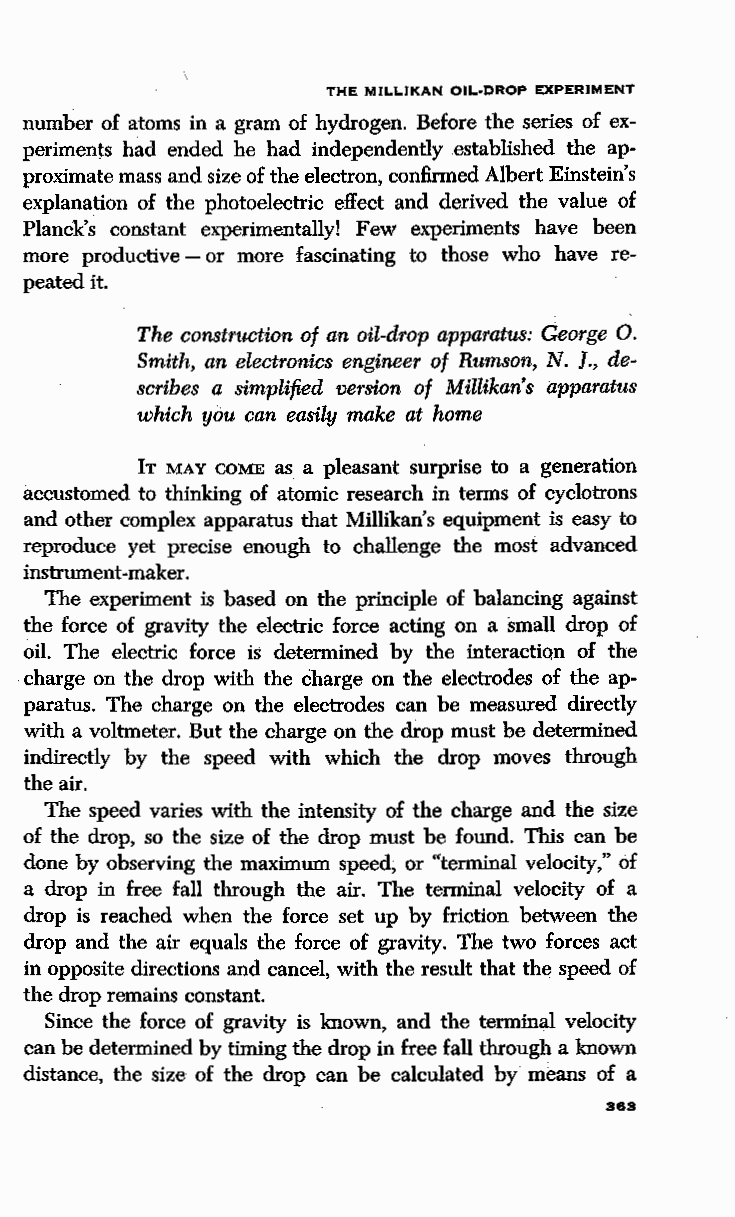
THE MILLIKAN OIL-DROP EXPERIMENT
 number of atoms in a gram of hydrogen. Before the series of ex
 periments had ended he had independently established the ap
 proximate mass and size of the electron, confirmed Albert Einstein's
 explanation of the photoelectric effect and derived the value of
 Planck's constant experimentally! Few experiments have been
 more productive - or more fascinating to those who have re
 peated it.
 The construction of an oil-drop apparatus: George 0.
 Smith, an electronics engineer of Rumson, N. ]., de
 scribes a simplified version of Millikan's apparatus
 which you can easily make at home
 IT MAY COME as a pleasant surprise to a generation
 accustomed to thinking of atomic research in terms of cyclotrons
 and other complex apparatus that Millikan's equipment is easy to
 reproduce yet precise enough to challenge the most advanced
 instrument-maker.
 The experiment is based on the principle of balancing against
 the force of gravity the electric force acting on a small drop of
 oil. The electric force is determined by the interaction of the
 charge on the drop with the charge on the electrodes of the ap
 paratus. The charge on the electrodes can be measured directly
 with a voltmeter. But the charge on the drop must be determined
 indirectly by the speed with which the drop moves through
 the air.
 The speed varies with the intensity of the charge and the size
 of the drop, so the size of the drop must be found. This can be
 done by observing the maximum speed, or "terminal velocity," of
 a drop in free fall through the air. The terminal velocity of a
 drop is reached when the force set up by friction between the
 drop and the air equals the force of gravity. The two forces act
 in opposite directions and cancel, with the result that the speed of
 the drop remains constant.
 Since the force of gravity is known, and the terminal velocity
 can be determined by timing the drop in free fall through a known
 distance, the size of the drop can be calculated by means of a
 363